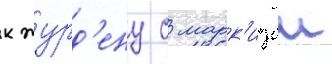
к журд'ену с марк'изои